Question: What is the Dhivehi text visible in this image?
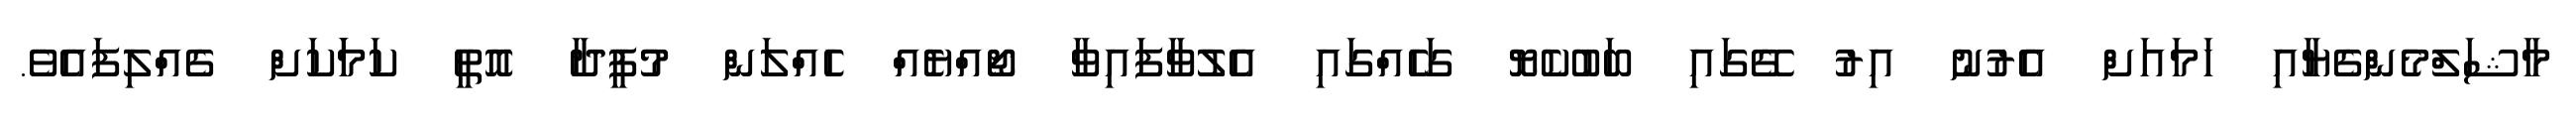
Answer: މާޝަލްމެންގެޔާއި ހަމައަށް އެރުނު އިރު ގޭގައި ބަބުކެޔޮ ގަހެއްގައި އެލުވާފައިވާ ޖޯއްޔެއް ހެއްލަން މުފީދާ އޮތީ ކަމަަކަށް ގެއްލިފައެވެ.